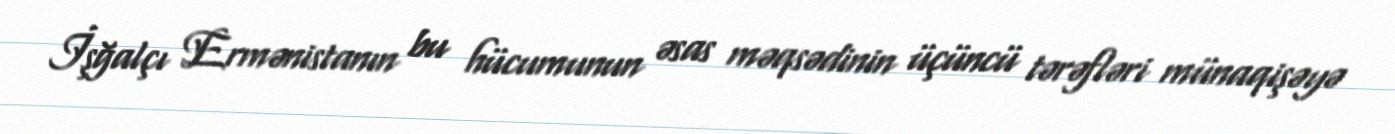
İşğalçı Ermənistanın bu hücumunun əsas məqsədinin üçüncü tərəfləri münaqişəyə